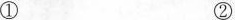
① ②